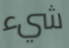
شيء